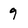
Character: 9